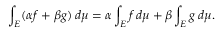
\int _ { E } ( \alpha f + \beta g ) \, d \mu = \alpha \int _ { E } f \, d \mu + \beta \int _ { E } g \, d \mu .